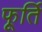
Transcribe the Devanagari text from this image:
फूर्ति